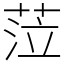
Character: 𦲷